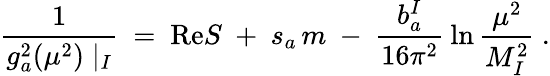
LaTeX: \frac{1}{g_{a}^{2}(\mu^{2})\mid_{I}}\ =\ \mathrm{Re}S\ +\ s_{a}\, m\ -\ \frac{b_{a}^{I}}{16\pi^{2}}\: \ln\frac{\mu^{2}}{M_{I}^{2}}\ .